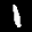
Label: 1